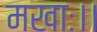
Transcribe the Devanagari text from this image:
मखाः।।